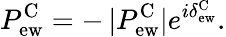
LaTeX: P_{\mathrm{ew}}^{\mathrm{C}}=-\, |P_{\mathrm{ew}}^{\mathrm{C}}|e^{i\delta_{\mathrm{ew}}^{\mathrm{C}}}.